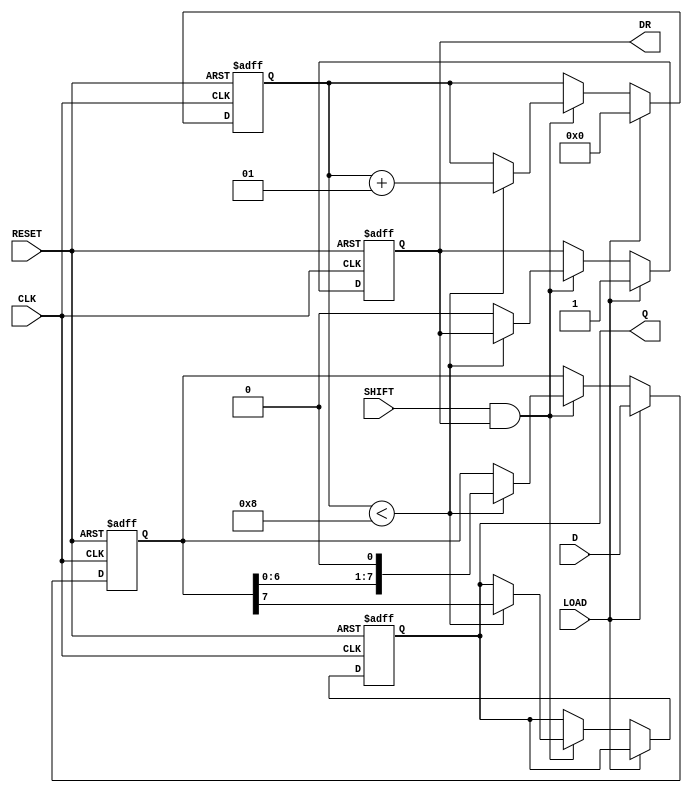
module PISO_Register (
    input wire [7:0] D,        // 8-bit wide data input
    input wire LOAD,           // Load control signal
    input wire SHIFT,          // Shift control signal
    input wire CLK,            // Clock signal
    input wire RESET,          // Asynchronous reset signal
    output reg Q,              // Serial output
    output reg DR              // Data Ready signal
);

    reg [7:0] REG;             // 8-bit storage register
    integer bit_counter;       // Counter for serial output

    always @(posedge CLK or posedge RESET) begin
        if (RESET) begin
            REG <= 8'b0;       // Clear the register
            Q <= 1'b0;         // Clear serial output
            DR <= 1'b0;        // Clear Data Ready
            bit_counter <= 0;   // Reset bit counter
        end else begin
            if (LOAD) begin
                REG <= D;      // Load data in parallel
                DR <= 1'b1;    // Data is ready
                bit_counter <= 0; // Reset bit counter for shifting
            end else if (SHIFT && DR) begin
                if (bit_counter < 8) begin
                    Q <= REG[7];         // Output the MSB
                    REG <= {REG[6:0], 1'b0}; // Shift left
                    bit_counter <= bit_counter + 1;
                end else begin
                    DR <= 1'b0; // No more data to shift out
                end
            end
        end
    end

endmodule